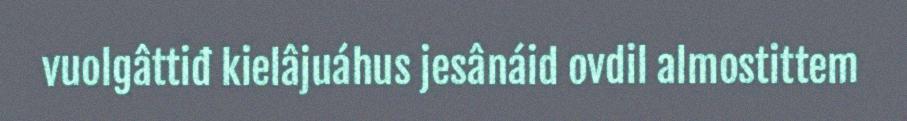
vuolgâttiđ kielâjuáhus jesânáid ovdil almostittem